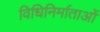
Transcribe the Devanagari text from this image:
विधिनिर्माताओं